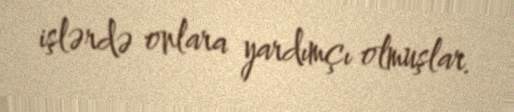
işlərdə onlara yardımçı olmuşlar.